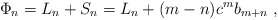
\begin{align*}\Phi_{n} = L_{n} + S_{n} = L_{n} + (m-n)c^{m} b_{m+n}~, \end{align*}